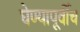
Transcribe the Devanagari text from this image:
घेण्यापूर्वीच